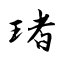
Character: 琽